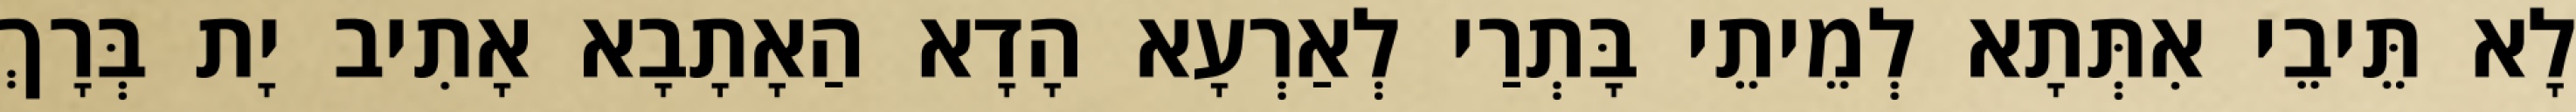
לָא תֵּיבֵי אִתְּתָא לְמֵיתֵי בָּתְרַי לְאַרְעָא הָדָא הַאָתָבָא אָתִיב יָת בְּרָךְ